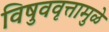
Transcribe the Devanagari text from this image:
विषुववृत्तामुळे